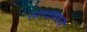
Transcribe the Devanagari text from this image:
संतवाङमय